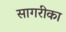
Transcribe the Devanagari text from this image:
सागरीका